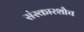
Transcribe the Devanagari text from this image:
संस्कारशौच